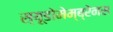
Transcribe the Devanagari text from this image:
स्यूडोमेम्ब्रेनस